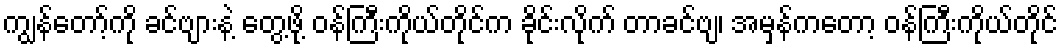
ကျွန်တော့်ကို ခင်ဗျားနဲ့ တွေ့ဖို့ ဝန်ကြီးကိုယ်တိုင်က ခိုင်းလိုက် တာခင်ဗျ၊ အမှန်ကတော့ ဝန်ကြီးကိုယ်တိုင်